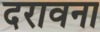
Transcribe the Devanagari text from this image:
दरावना